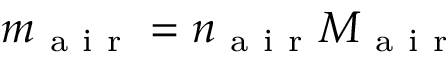
m _ { \mathrm { ~ a ~ i ~ r ~ } } = n _ { \mathrm { ~ a ~ i ~ r ~ } } M _ { \mathrm { ~ a ~ i ~ r ~ } }